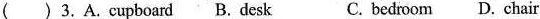
( )3.A.cupboard B. desk C. bedroom D. chair